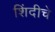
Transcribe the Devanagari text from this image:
शिंदीचे